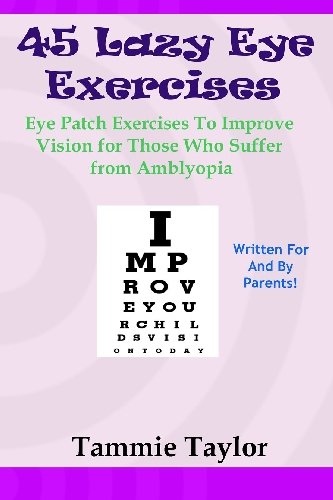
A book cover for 45 Lazy Eye Exercises: Eye Patch Exercises To Improve Vision for Those Who Suffer From Amblyopia; Tammie Taylor; Health, Fitness & Dieting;